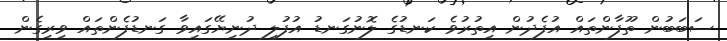
ސަބަބުން ތޫފާންތައް އުފެދުން އިތުރުވެ ކަނޑުގެ ލޮނުގަނޑު އުފުލި ދުނިޔޭގައިވާ ގަނޑުފެންތައް ވިރިގެން